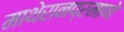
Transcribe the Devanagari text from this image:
माथेरानप्रमाणे